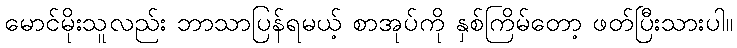
မောင်မိုးသူလည်း ဘာသာပြန်ရမယ့် စာအုပ်ကို နှစ်ကြိမ်တော့ ဖတ်ပြီးသားပါ။